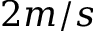
2 m / s